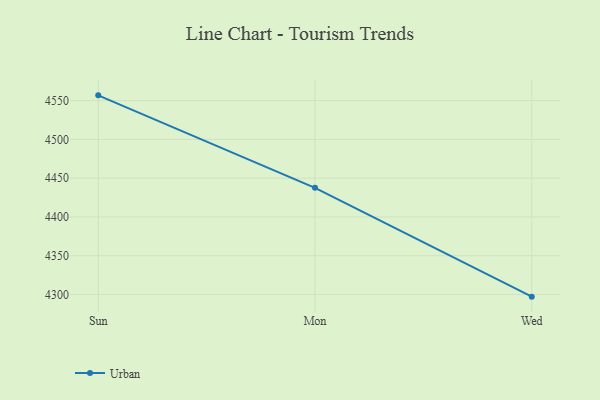
{"axis": {"x": "Day", "y": "Net Income (USD K)"}, "legend": ["Urban"], "data": [{"x": "Sun", "y": 4556.8, "type": "Urban"}, {"x": "Mon", "y": 4437.5, "type": "Urban"}, {"x": "Wed", "y": 4297.2, "type": "Urban"}]}